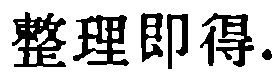
整理即得.